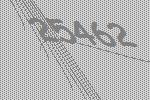
25462